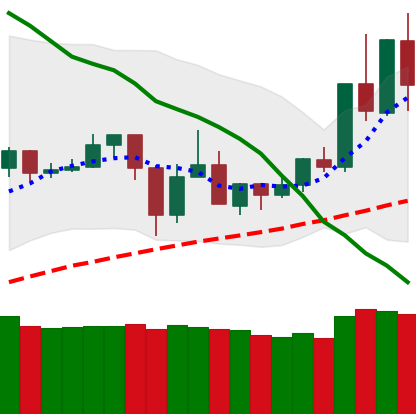
Ticker: TRX-USD
Chart end date: 2020-06-02
Forward return: 11.48%
Label: up_7plus